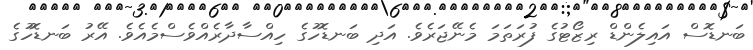
ބަނޑޮސް އައިލެންޑް ރިޒޯޓުގެ ފުރަތަމަ މެނޭޖަރެވެ. އަދި ބަނޑޮހުގެ ހިއްސާދާރެއްވެސްމެއެވެ. އޭރު ބަނޑޮހުގެ